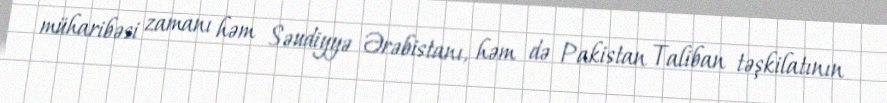
müharibəsi zamanı həm Səudiyyə Ərəbistanı, həm də Pakistan Taliban təşkilatının